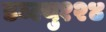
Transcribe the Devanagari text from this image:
डब्ल्यु१२४